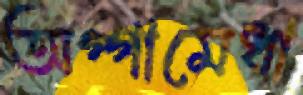
অগ্গামেধা